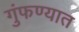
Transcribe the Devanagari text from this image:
गुंफण्यात